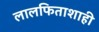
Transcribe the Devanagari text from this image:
लालफिताशाही